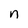
Character: n